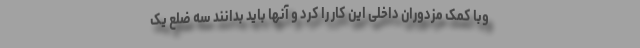
وبا کمک مزدوران داخلی این کار را کرد و آنها باید بدانند سه ضلع یک